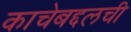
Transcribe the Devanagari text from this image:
काचेबद्दलची